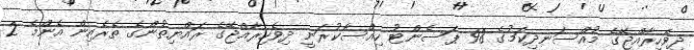
ދިވެހިރާއްޖޭގެ މުއްސަނދިކަމުގެ 98 ޕަސެންޓު ހިއްސާކުރަނީ ދިވެހިރާއްޖޭގެ ރައްޔިތުންގެ ތެރެއިން އެންމެ 2